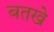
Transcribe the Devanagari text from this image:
बतखे